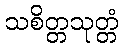
သစိတ္တသုတ္တံ